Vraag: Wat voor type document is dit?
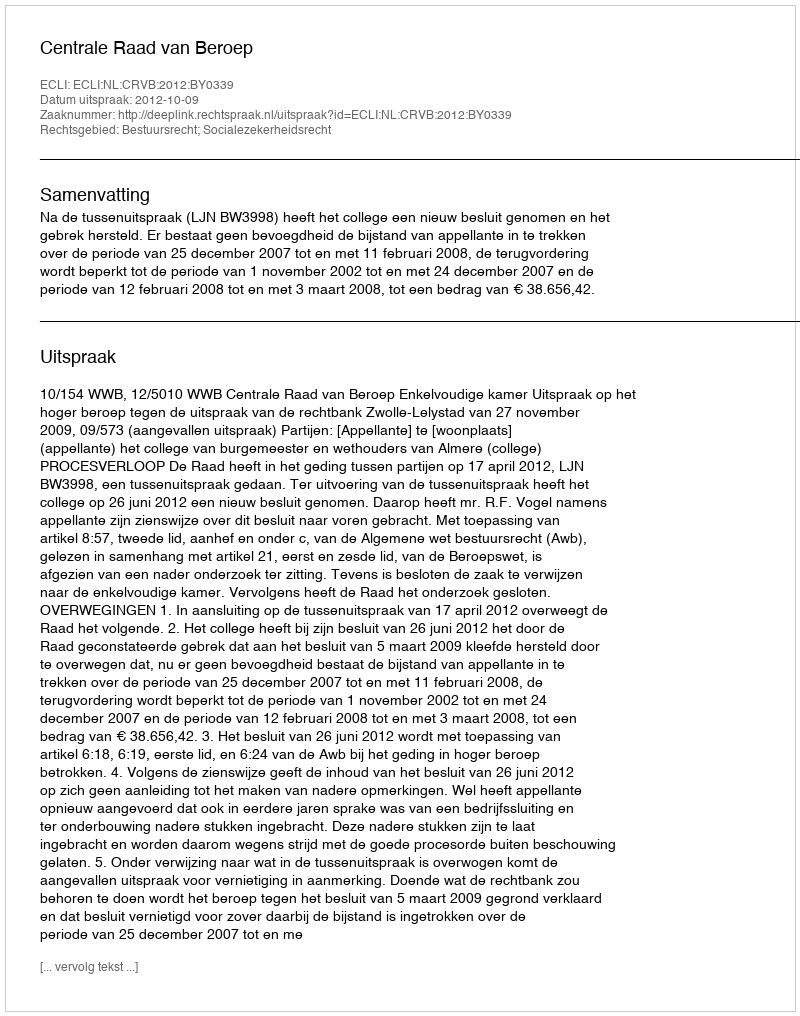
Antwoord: Uitspraak